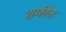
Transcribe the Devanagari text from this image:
शकीत